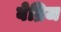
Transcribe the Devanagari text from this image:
बेब्रिज